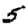
Digit: 5